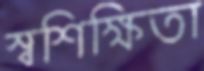
স্বশিক্ষিতা